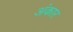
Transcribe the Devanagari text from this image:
अंकार